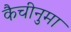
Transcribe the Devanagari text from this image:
कैचीनुमा